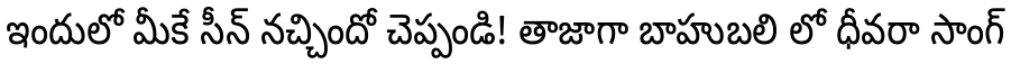
ఇందులో మీకే సీన్ నచ్చిందో చెప్పండి! తాజాగా బాహుబలి లో ధీవరా సాంగ్